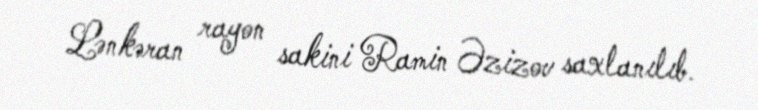
Lənkəran rayon sakini Ramin Əzizov saxlanılıb.